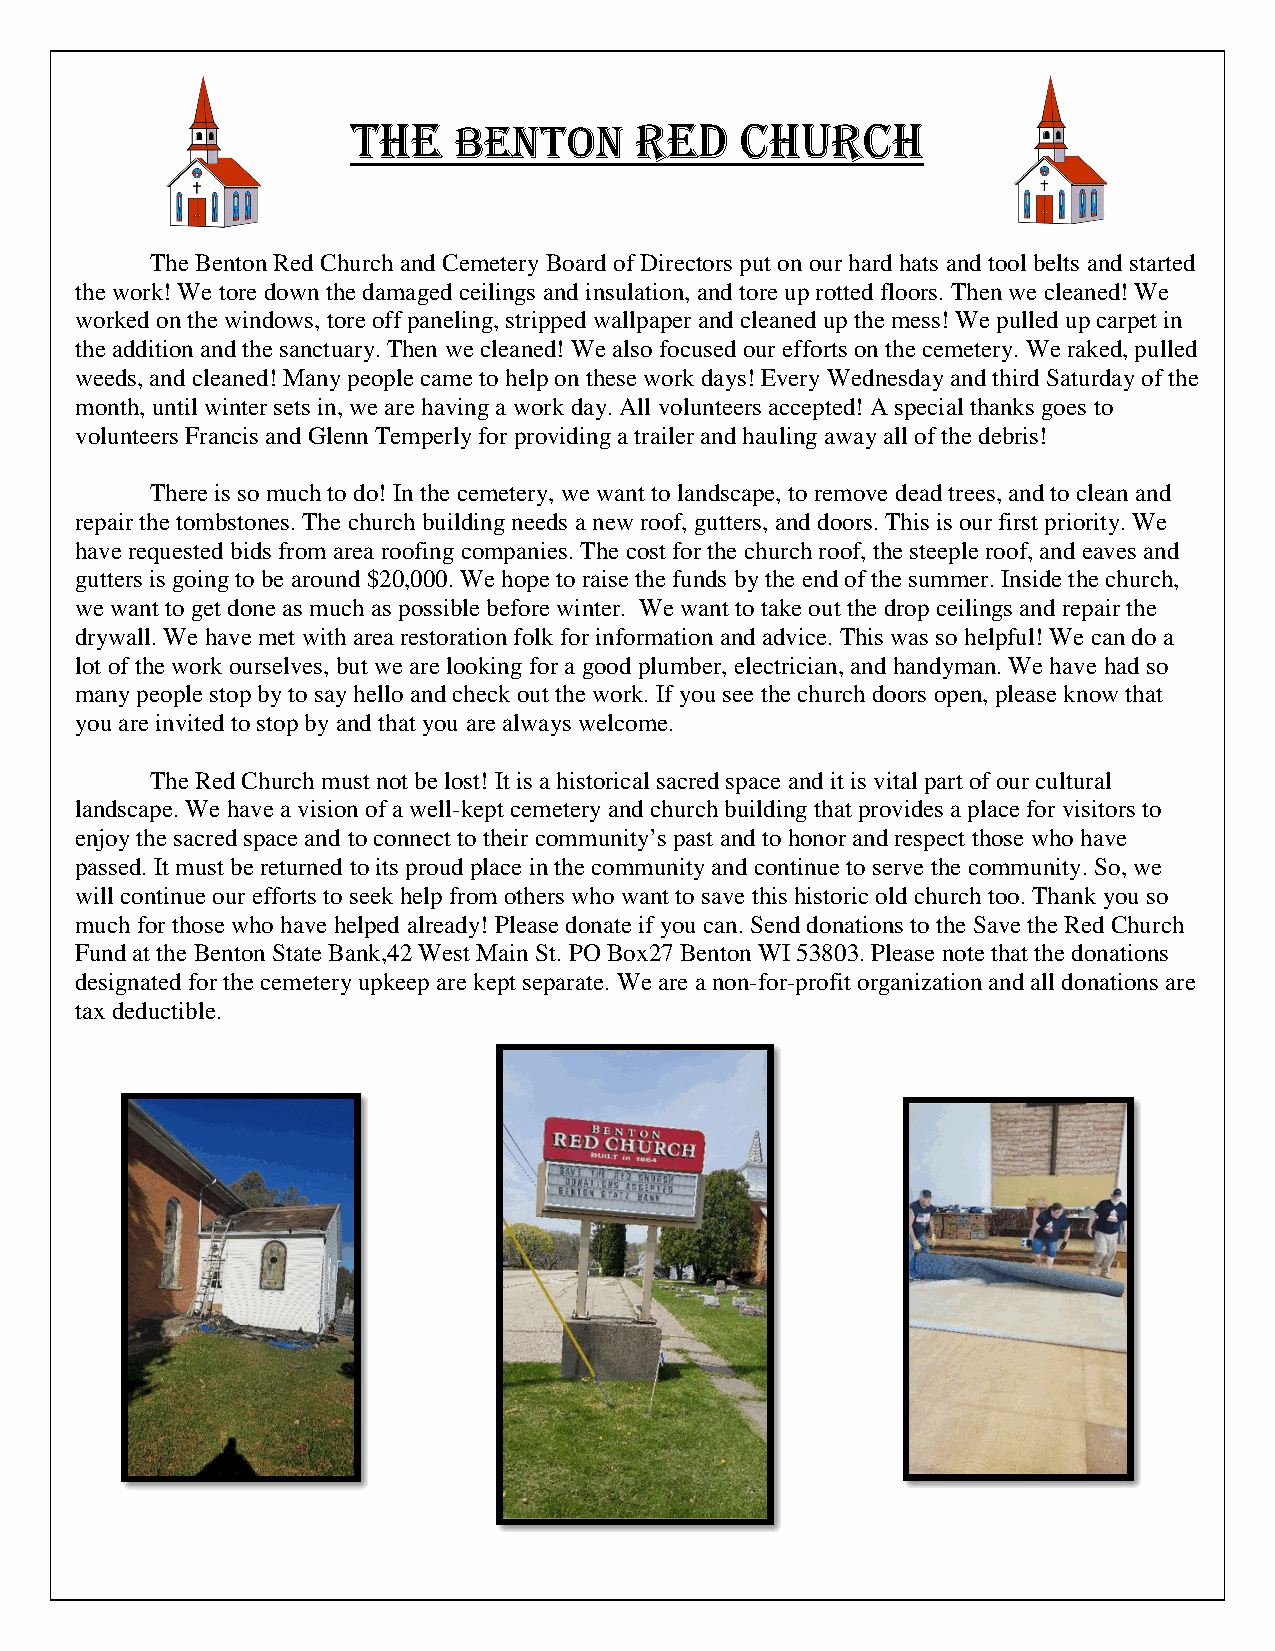
THE    BENTON      RED    CHURCH
 The Benton Red Church and Cemetery Board of Directors put on our hard hats and tool belts and started
 the work! We tore down the damaged ceilings and insulation, and tore up rotted floors. Then we cleaned! We
 worked on the windows, tore off paneling, stripped wallpaper and cleaned up the mess! We pulled up carpet in
 the addition and the sanctuary. Then we cleaned! We also focused our efforts on the cemetery. We raked, pulled
 weeds, and cleaned! Many people came to help on these work days! Every Wednesday and third Saturday of the
 month, until winter sets in, we are having a work day. All volunteers accepted! A special thanks goes to
 volunteers Francis and Glenn Temperly for providing a trailer and hauling away all of the debris!
 There is so much to do! In the cemetery, we want to landscape, to remove dead trees, and to clean and
 repair the tombstones. The church building needs a new roof, gutters, and doors. This is our first priority. We
 have requested bids from area roofing companies. The cost for the church roof, the steeple roof, and eaves and
 gutters is going to be around $20,000. We hope to raise the funds by the end of the summer. Inside the church,
 we want to get done as much as possible before winter. We want to take out the drop ceilings and repair the
 drywall. We have met with area restoration folk for information and advice. This was so helpful! We can do a
 lot of the work ourselves, but we are looking for a good plumber, electrician, and handyman. We have had so
 many people stop by to say hello and check out the work. If you see the church doors open, please know that
 you are invited to stop by and that you are always welcome.
 The Red Church must not be lost! It is a historical sacred space and it is vital part of our cultural
 landscape. We have a vision of a well-kept cemetery and church building that provides a place for visitors to
 enjoy the sacred space and to connect to their community’s past and to honor and respect those who have
 passed. It must be returned to its proud place in the community and continue to serve the community. So, we
 will continue our efforts to seek help from others who want to save this historic old church too. Thank you so
 much for those who have helped already! Please donate if you can. Send donations to the Save the Red Church
 Fund at the Benton State Bank,42 West Main St. PO Box27 Benton WI 53803. Please note that the donations
 designated for the cemetery upkeep are kept separate. We are a non-for-profit organization and all donations are
 tax deductible.